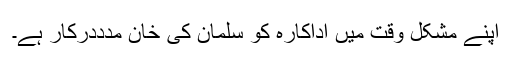
اپنے مشکل وقت میں اداکارہ کو سلمان کی خان مدددرکار ہے۔